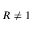
R \neq 1